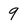
Character: 9